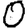
Digit: 0